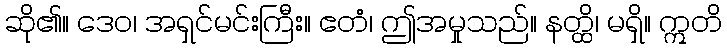
ဆို၏။ ဒေဝ၊ အရှင်မင်းကြီး။ ဧတံ၊ ဤအမှုသည်။ နတ္ထိ၊ မရှိ။ ဣတိ